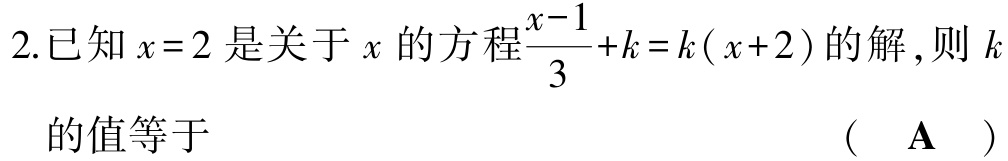
2.已知\(x = 2\)是关于\(x\)的方程\(\frac{x - 1}{3}+k = k(x + 2)\)的解,则\(k\)

的值等于  （  \(\mathbf{A}\)  ）